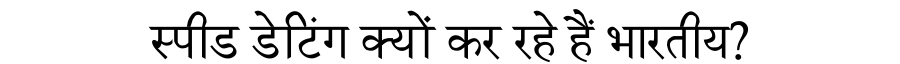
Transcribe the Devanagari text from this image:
स्पीड डेटिंग क्यों कर रहे हैं भारतीय?